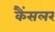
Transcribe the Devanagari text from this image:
कैंसलर